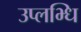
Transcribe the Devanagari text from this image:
उप्लभ्धि